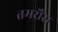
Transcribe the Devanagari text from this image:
तमरौरा